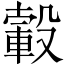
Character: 𣫂